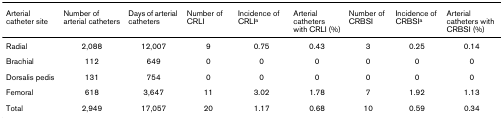
<table><thead><tr><td><b>Arterial catheter site</b></td><td><b>Number of arterial catheters</b></td><td><b>Days of arterial catheters</b></td><td><b>Number of CRLI</b></td><td><b>Incidence of CRLI<sup>a</sup></b></td><td><b>Arterial catheters with CRLI (%)</b></td><td><b>Number of CRBSI</b></td><td><b>Incidence of CRBSI<sup>a</sup></b></td><td><b>Arterial catheters with CRBSI (%)</b></td></tr></thead><tbody><tr><td>Radial</td><td>2,088</td><td>12,007</td><td>9</td><td>0.75</td><td>0.43</td><td>3</td><td>0.25</td><td>0.14</td></tr><tr><td>Brachial</td><td>112</td><td>649</td><td>0</td><td>0</td><td>0</td><td>0</td><td>0</td><td>0</td></tr><tr><td>Dorsalis pedis</td><td>131</td><td>754</td><td>0</td><td>0</td><td>0</td><td>0</td><td>0</td><td>0</td></tr><tr><td>Femoral</td><td>618</td><td>3,647</td><td>11</td><td>3.02</td><td>1.78</td><td>7</td><td>1.92</td><td>1.13</td></tr><tr><td>Total</td><td>2,949</td><td>17,057</td><td>20</td><td>1.17</td><td>0.68</td><td>10</td><td>0.59</td><td>0.34</td></tr></tbody></table>